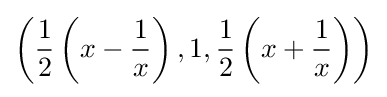
\left({\frac {1}{2}}\left(x-{\frac {1}{x}}\right),1,{\frac {1}{2}}\left(x+{\frac {1}{x}}\right)\right)